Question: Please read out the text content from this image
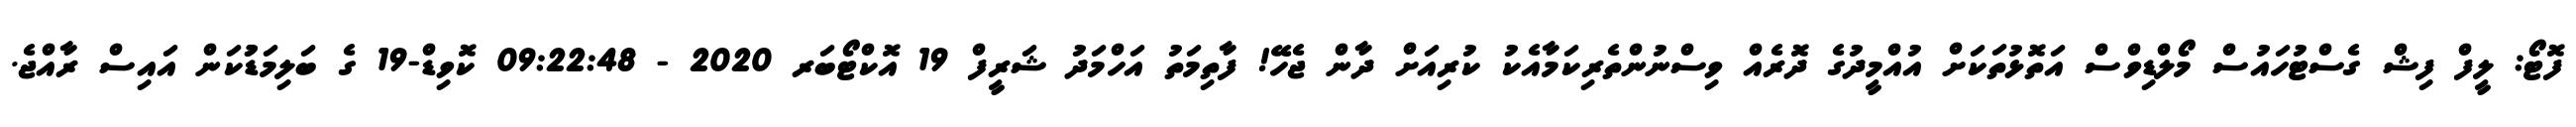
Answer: ފޮޓޯ: ލީފް ފިޝް ގެސްޓުހައުސް މޯލްޑިވްސް އަތޮޅުތަކަށް އުއްމީދުގެ ދޮރެއް ވިސްނުންތެރިކަމާއެކު ކުރިއަށް ދާން ޖެހޭ! ފާތިމަތު އަހްމަދު ޝަރީފް 19 އޮކްޓޯބަރ 2020 - 09:22:48 ކޮވިޑް-19 ގެ ބަލިމަޑުުކަން އައިސް ރާއްޖެ.